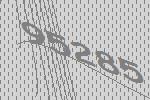
95285